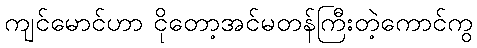
ကျင်မောင်ဟာ ငိုတော့အင်မတန်ကြီးတဲ့ကောင်ကွ